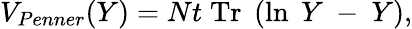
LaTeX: V_{Penner}(Y)=Nt\; \mathrm{Tr}\; \left(\ln\; Y~-~Y\right),